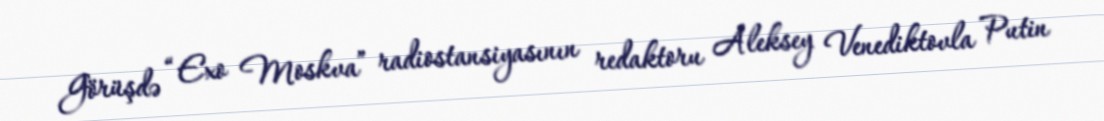
Görüşdə “Exo Moskva” radiostansiyasının redaktoru Aleksey Venediktovla Putin